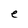
Character: e